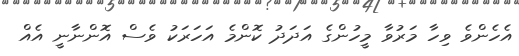
އެހެންވެ ވިހާ މަރުވާ މީހުންގެ އަދަދު ކޮންމެ އަހަރަކު ވެސް އޮންނާނީ އެއް